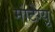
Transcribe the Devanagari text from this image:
मांटेग्यु